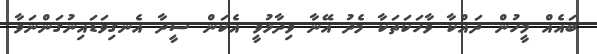
ބައެއް މީހުން ދައްކާ ވާހަކަތަކާ މެދު އޭނާ ވިދާޅުވީ އެކަން ސީދާ އެނގިވަޑައިނުގަންނަވާ